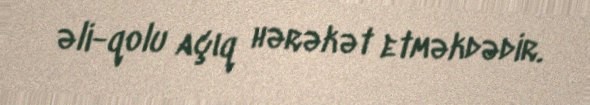
əli-qolu açıq hərəkət etməkdədir.